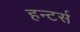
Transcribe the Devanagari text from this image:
हन्टर्स